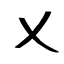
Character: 乂